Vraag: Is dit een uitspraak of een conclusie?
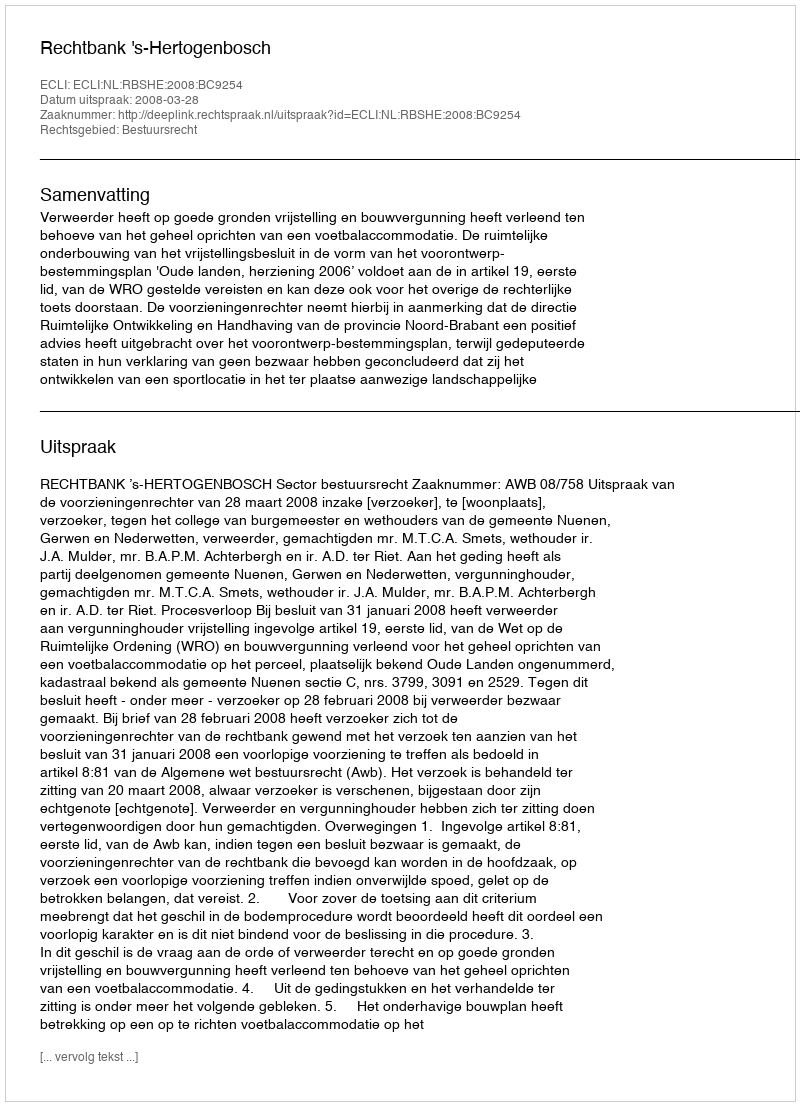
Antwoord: Uitspraak